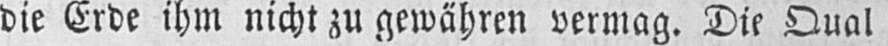
die Erde ihm nicht zu gewähren vermag. Die Qual